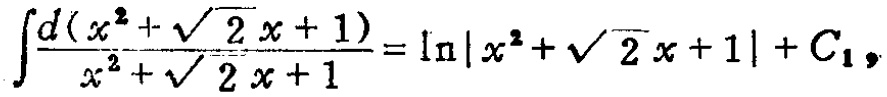
\(\int\frac{d(x^{2}+\sqrt{2}x + 1)}{x^{2}+\sqrt{2}x + 1}=\ln|x^{2}+\sqrt{2}x + 1|+C_{1}\)